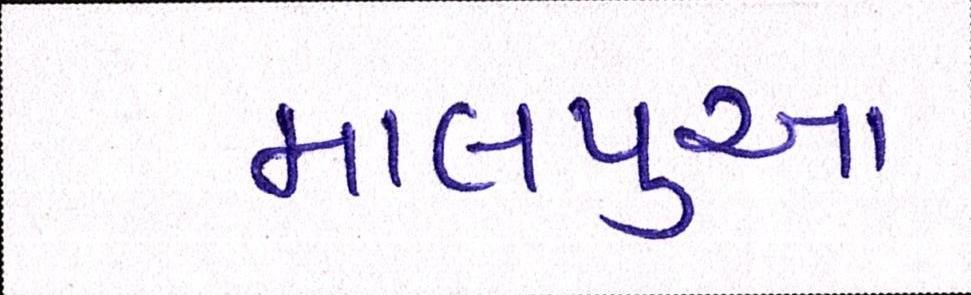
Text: માલપુઆ